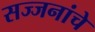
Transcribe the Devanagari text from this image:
सज्जनांचे